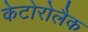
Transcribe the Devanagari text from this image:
केटोरोलैक